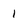
Character: 1